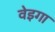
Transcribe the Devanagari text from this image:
वेइगा